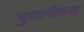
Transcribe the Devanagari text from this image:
पुजारीगण